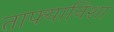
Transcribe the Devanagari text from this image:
ताफ्यानिशा